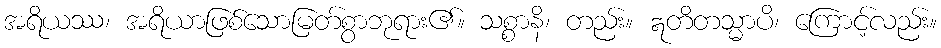
အရိယဿ၊ အရိယာဖြစ်သောမြတ်စွာဘုရား၏။ သစ္စာနိ၊ တည်း။ ဣတိတသ္မာပိ၊ ကြောင့်လည်း။